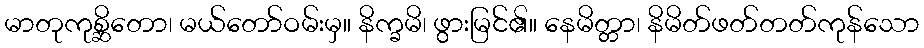
မာတုကုစ္ဆိတော၊ မယ်တော်ဝမ်းမှ။ နိက္ခမိ၊ ဖွားမြင်၏။ နေမိတ္တာ၊ နိမိတ်ဖတ်တတ်ကုန်သော